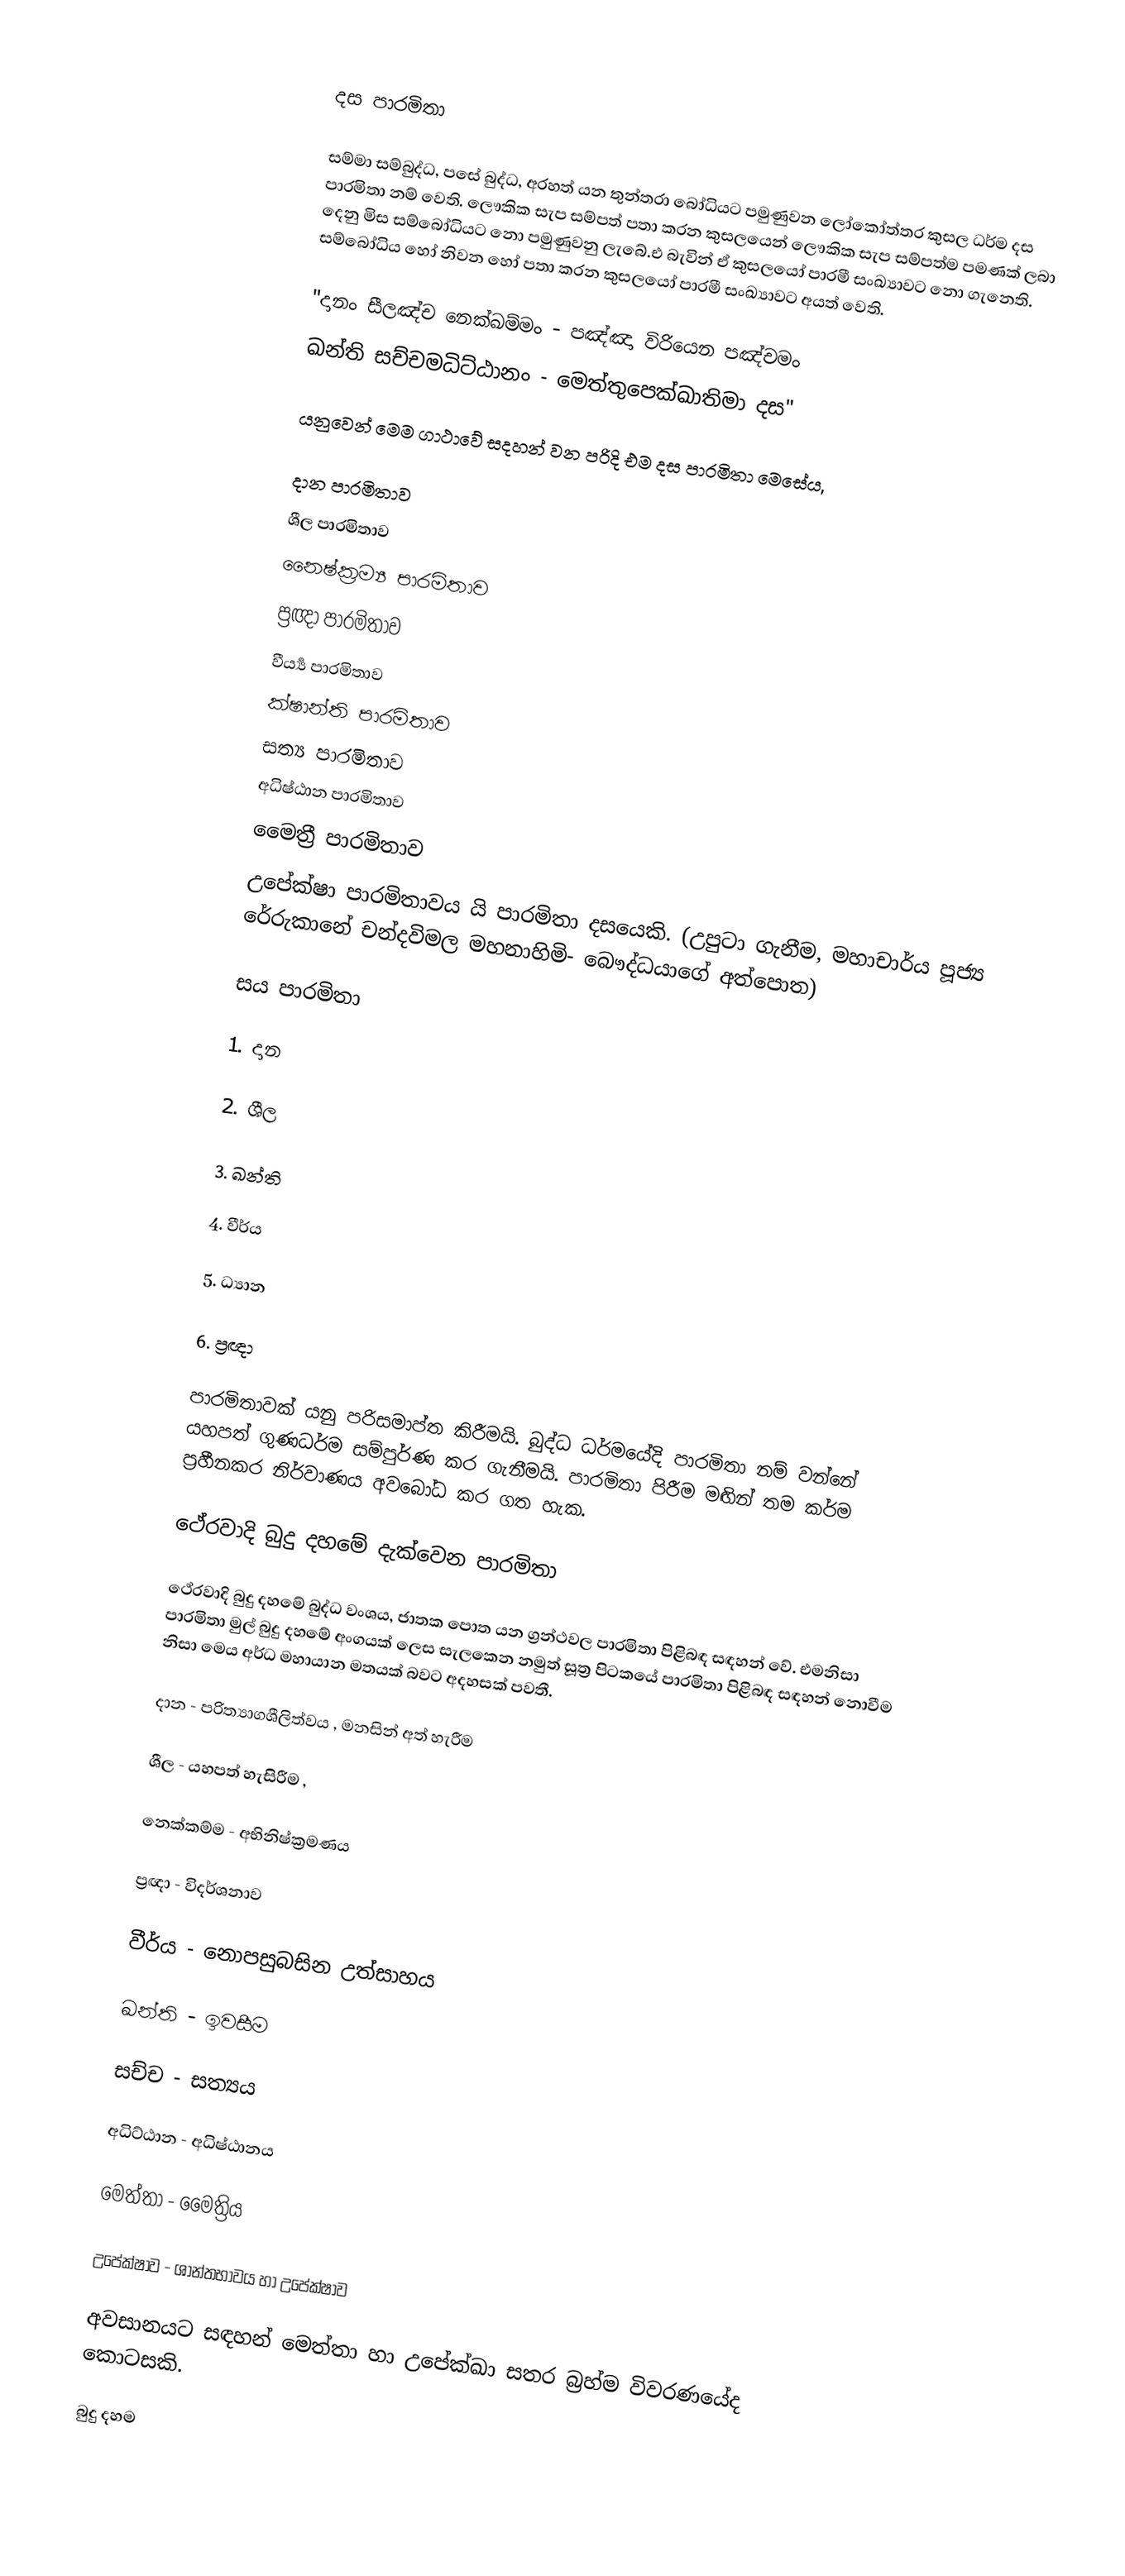

දස පාරමිතා

සම්මා සම්බුද්ධ, පසේ බුද්ධ, අරහත් යන තුන්තරා බෝධියට පමුණුවන ලෝකෝත්තර කුසල ධර්ම දස පාරමිතා නම් වෙති. ලෞකික සැප සම්පත් පතා කරන කුසලයෙන් ලෞකික සැප සම්පත්ම පමණක් ලබා දෙනු මිස සම්බෝධියට නො පමුණුවනු ලැබේ.එ බැවින් ඒ කුසලයෝ පාරමී සංඛ්‍යාවට නො ගැනෙති. සම්බෝධිය හෝ නිවන හෝ පතා කරන කුසලයෝ පාරමී සංඛ්‍යාවට අයත් වෙති.

"දානං සීලඤ්ච නෙක්ඛම්මං - පඤ්ඤා විරියෙන පඤ්චමං
ඛන්ති සච්චමධිට්ඨානං - මෙත්තුපෙක්ඛාතිමා දස"

යනුවෙන් මෙම ගාථාවේ සදහන් වන පරිදි එම දස පාරමිතා මෙසේය,

 දාන පාරමිතාව
 ශීල පාරමිතාව
 නෛෂ්ක්‍ර‍ම්‍ය පාරමිතාව
 ප්‍ර‍ඥා පාරමිතාව
 වීර්‍ය්‍ය පාරමිතාව
 ක්ෂාන්ති පාරමිතාව
 සත්‍ය පාරමිතාව
 අධිෂ්ඨාන පාරමිතාව
 මෛත්‍රී පාරමිතාව
 උපේක්ෂා පාරමිතාවය යි පාරමිතා දසයෙකි. (උපුටා ගැනීම, මහාචාර්ය පූජ්‍ය රේරුකානේ චන්දවිමල මහනාහිමි- බෞද්ධයාගේ අත්පොත)

සය පාරමිතා

1. දාන

2. ශීල

3. ඛන්ති

4. වීර්ය

5. ධ්‍යාන

6. ප්‍රඥා

පාරමිතාවක් යනු පරිසමාප්ත කිරීමයි. බුද්ධ ධර්මයේදි පාරමිතා නම් වන්නේ යහපත් ගුණධර්ම සම්පුර්ණ කර ගැනීමයි. පාරමිතා පිරීම මඟින් තම කර්ම ප්‍රහීනකර නිර්වාණය අවබෝධ කර ගත හැක.

ථේරවාදි බුදු දහමේ දැක්වෙන පාරමිතා

ථේරවාදි බුදු දහමේ බුද්ධ වංශය, ජාතක පොත යන ග්‍රන්ථවල පාරමිතා පිළිබඳ සඳහන් වේ. එමනිසා පාරමිතා මුල් බුදු දහමේ අංගයක් ලෙස සැලකෙන නමුත් සූත්‍ර පිටකයේ පාරමිතා පිළිබඳ සඳහන් නොවීම නිසා මෙය අර්ධ මහායාන මතයක් බවට අදහසක් පවතී.

 දාන		-	පරිත්‍යාගශීලිත්වය ,  මනසින් අත් හැරීම

 ශීල		-	යහපත් හැසිරීම ,

 නෙක්කම්ම	-	අභිනිෂ්ක්‍රමණය

 ප්‍රඥා		-	විදර්ශනාව

 වීර්ය		-	නොපසුබසින උත්සාහය

 ඛන්ති		-	ඉවසීම

 සච්ච		-	සත්‍යය

 අධිට්ඨාන	-	අධිෂ්ඨානය

 මෙත්තා	-	මෛත්‍රිය

 උපේක්ෂාව	-	ශාන්තභාවය හා උපේක්ෂාව

අවසානයට සඳහන් මෙත්තා හා උපේක්ඛා සතර බ්‍රහ්ම විවරණයේද කොටසකි.

බුදු දහම